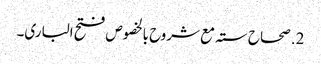
2. صحاح ستہ مع شروح بالخصوص فتح الباری۔